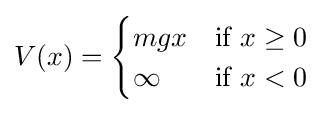
V(x)={\begin{cases}mgx&{\text{if }}x\geq 0\\\infty &{\text{if }}x<0\\\end{cases}}